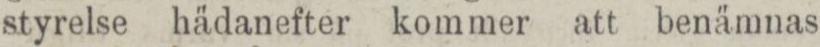
styrelse hädanefter kommer att benämnas